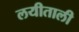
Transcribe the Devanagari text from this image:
लयीताली